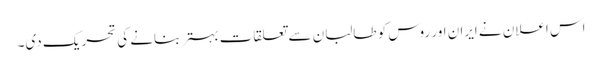
اس اعلان نے ایران اور روس کو طالبان سے تعلقات بہتر بنانے کی تحریک دی۔